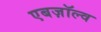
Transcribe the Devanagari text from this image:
एबज़ॉल्व